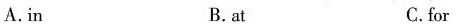
A.in B. at C.for